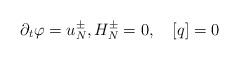
LaTeX: \begin{align*}\partial_t\varphi=u^{\pm}_{N},H^{\pm}_{N}=0,\quad[q]=0\end{align*}